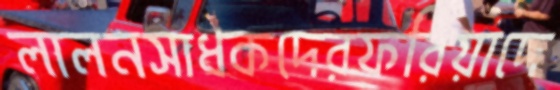
লালনসাধকদেরফরিয়াদে